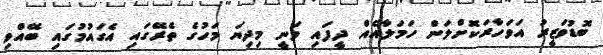
ބޮޑުވަޒީރު އަވަހާރަކޮށްލަން ހަމަލާއެއް ދީފައި ވަނީ މިދިޔަ މަހުގެ ތެރޭގައި އެގައުމުގައި ބޭއްވި